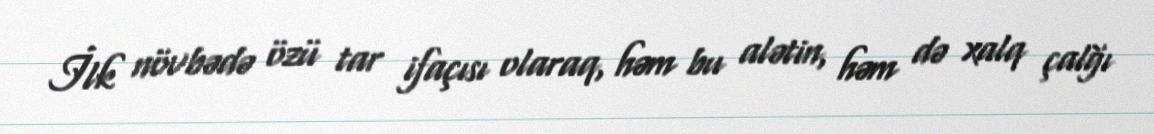
İlk növbədə özü tar ifaçısı olaraq, həm bu alətin, həm də xalq çalğı